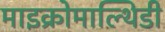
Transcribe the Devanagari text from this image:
माइक्रोमाल्थिडी